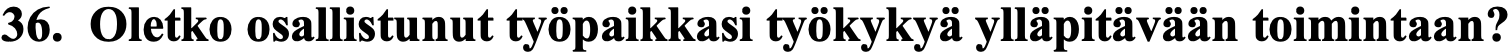
36. Oletko osallistunut työpaikkasi työkykyä ylläpitävään toimintaan?